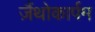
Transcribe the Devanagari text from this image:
ज़ैंथोकार्पम